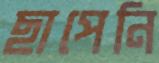
ছাপেনি